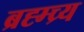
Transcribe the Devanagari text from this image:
ब्रह्म्च्र्य